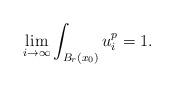
LaTeX: \begin{align*}\lim_{i \to \infty}\int_{B_r(x_0)} u_i^p=1.\end{align*}